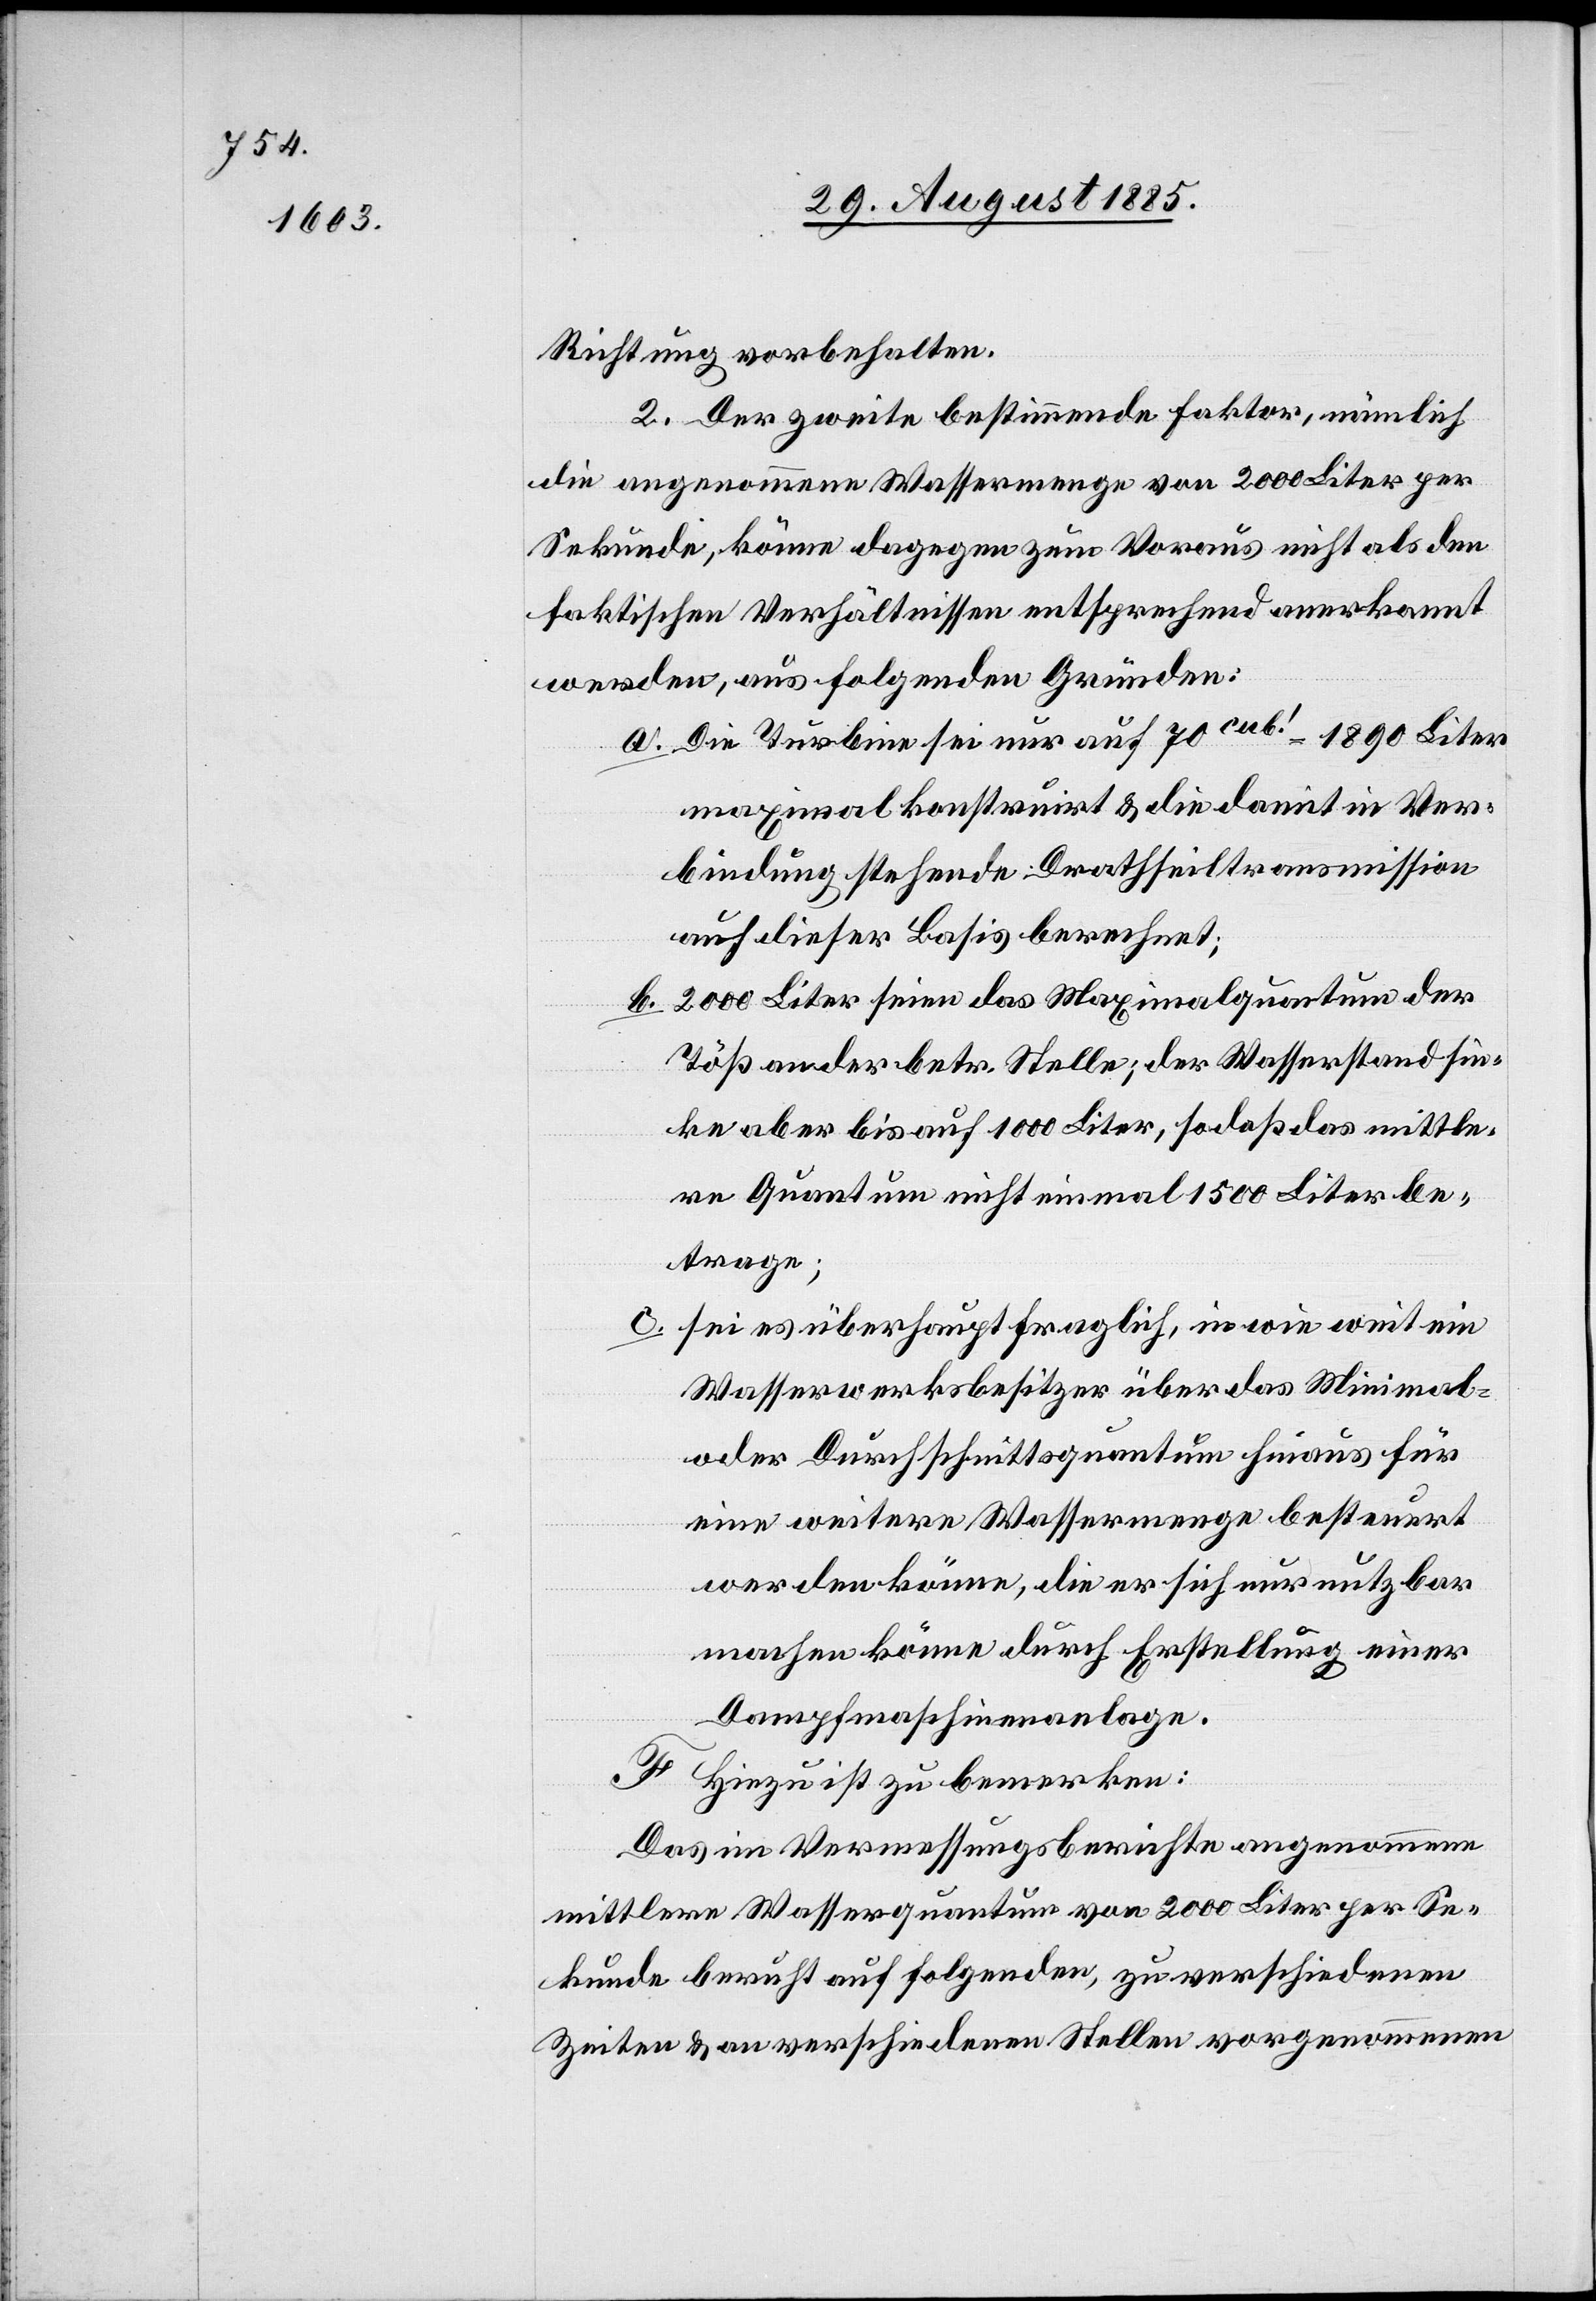
Richtung vorbehalten.
2. Der zweite bestimmte Faktor, nämlich
die angenommene Wassermenge von 2000 Liter per
Sekunde, könne dagegen zum Voraus nicht als den
faktischen Verhältnissen entsprechend anerkannt
werden, aus folgenden Gründen:
a. Die Turbine sei nur auf 70cub! = 1890 Liter
maximal konstruirt & die damit in Ver¬
bindung stehende Drathseiltransmission
auf dieser Basis berechnet;
b. 2000 Liter seien das Maximalquantum der
Töß an der betr. Stelle; der Wasserstand sin¬
ke aber bis auf 1000 Liter, so daß das mittle¬
re Quantum nicht einmal 1500 Liter be¬
trage;
c. sei es überhaupt fraglich, in wie weit ein
Wasserwerksbesitzer über das Minimal-
oder Durchschnittsquantum hinaus für
eine weitere Wassermenge besteuert
werden könne, die er sich nur nutzbar
machen könne durch Erstellung einer
Dampfmaschinenanlage.
F. Hiezu ist zu bemerken:
Das im Vermessungsberichte angenommene
mittlere Wasserquantum von 2000 Liter per Se¬
kunde beruht auf folgenden, zu verschiedenen
Zeiten & an verschiedenen Stellen vorgenommenen